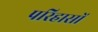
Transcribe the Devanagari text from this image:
परिहासों